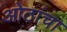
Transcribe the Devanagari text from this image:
ओठांचा